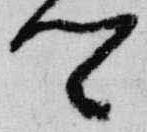
卿